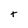
Character: t